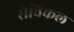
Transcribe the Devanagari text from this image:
सेविकल